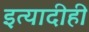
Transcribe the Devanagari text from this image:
इत्यादीही